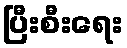
ပြီးစီးရေး